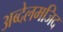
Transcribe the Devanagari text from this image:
अब्देलमजिद